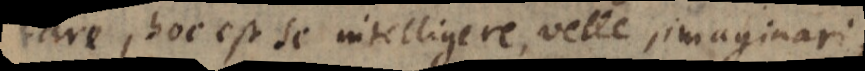
tare, hoc est se intelligere, velle, imaginari,